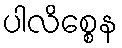
ပါလိစ္စေန